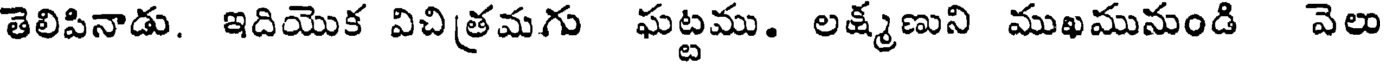
తెలిపినాడు. ఇదియొక విచిత్రమగు ఘట్టము. లక్ష్మణుని ముఖమునుండి వెలు